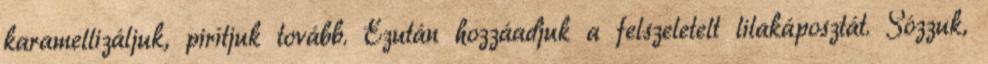
karamellizáljuk, pirítjuk tovább. Ezután hozzáadjuk a felszeletelt lilakáposztát. Sózzuk,